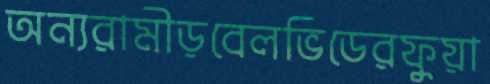
অন্যরামীড়বেলভিডেরফুয়া